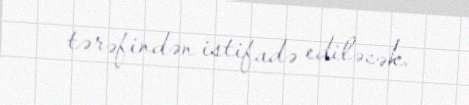
tərəfindən istifadə ediləcək.